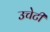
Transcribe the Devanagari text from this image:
उचेटी